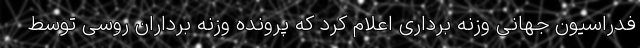
فدراسیون جهانی وزنه برداری اعلام کرد که پرونده وزنه برداران روسی توسط